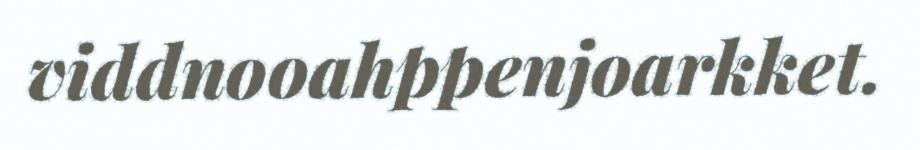
viddnooahppenjoarkket.